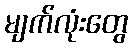
မျက်လုံးတွေ